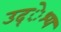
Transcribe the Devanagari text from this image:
उद्ेश्य